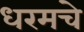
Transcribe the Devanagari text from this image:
धरमचे